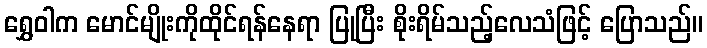
ရွှေဝါက မောင်မျိုးကိုထိုင်ရန်နေရာ ပြုပြီး စိုးရိမ်သည့်လေသံဖြင့် ပြောသည်။